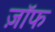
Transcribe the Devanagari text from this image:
ज़ॉफ